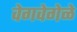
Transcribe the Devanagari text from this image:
वेगवेगेळे